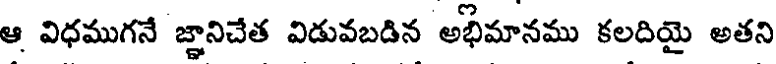
ఆ విధముగనే జ్ఞానిచేత విడువబడిన అభిమానము కలదియై అతని